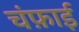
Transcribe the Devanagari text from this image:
चंफ़ाई